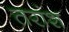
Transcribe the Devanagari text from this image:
तरांश